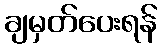
ချမှတ်ပေးရန်